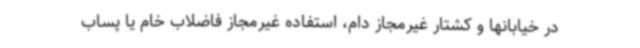
در خیابانها و کشتار غیرمجاز دام، استفاده غیرمجاز فاضلاب خام یا پساب